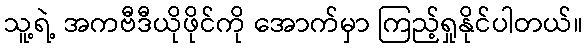
သူ့ရဲ့ အကဗီဒီယိုဖိုင်ကို အောက်မှာ ကြည့်ရှုနိုင်ပါတယ်။